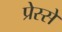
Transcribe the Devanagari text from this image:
प्रेस्से